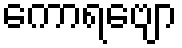
ကောရဗျော